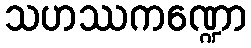
သဟဿကဏ္ဍော